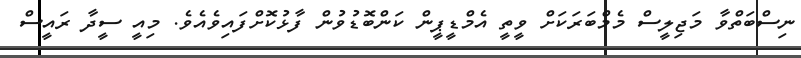
ނިސްބަތްވާ މަޖިލީސް މެމްބަރަކަށް ވީތީ އެމްޑީޕީން ކަންބޮޑުވުން ފާޅުކޮށްފައިވެއެވެ. މިއީ ސީދާ ރައީސް